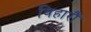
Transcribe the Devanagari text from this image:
विहारौं